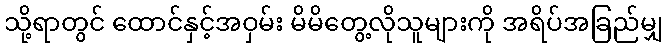
သို့ရာတွင် ထောင်နှင့်အဝှမ်း မိမိတွေ့လိုသူများကို အရိပ်အခြည်မျှ